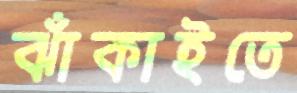
ঝাঁকাইতে